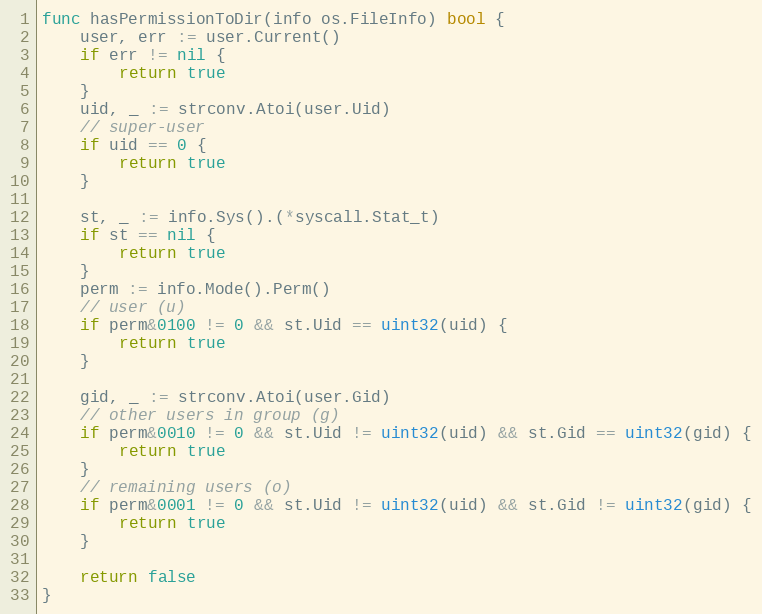
Language: Go
func hasPermissionToDir(info os.FileInfo) bool {
	user, err := user.Current()
	if err != nil {
		return true
	}
	uid, _ := strconv.Atoi(user.Uid)
	// super-user
	if uid == 0 {
		return true
	}

	st, _ := info.Sys().(*syscall.Stat_t)
	if st == nil {
		return true
	}
	perm := info.Mode().Perm()
	// user (u)
	if perm&0100 != 0 && st.Uid == uint32(uid) {
		return true
	}

	gid, _ := strconv.Atoi(user.Gid)
	// other users in group (g)
	if perm&0010 != 0 && st.Uid != uint32(uid) && st.Gid == uint32(gid) {
		return true
	}
	// remaining users (o)
	if perm&0001 != 0 && st.Uid != uint32(uid) && st.Gid != uint32(gid) {
		return true
	}

	return false
}